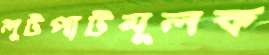
লুটপাটমূলক